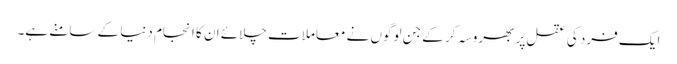
ایک فرد کی عقل پر بھروسہ کر کے جن لوگوں نے معاملات چلائے ان کا انجام دنیا کے سامنے ہے۔